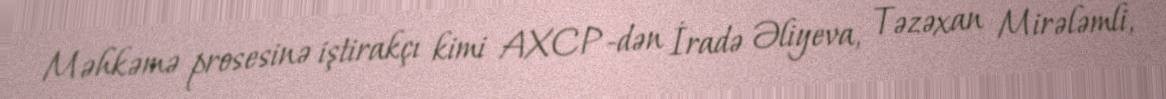
Məhkəmə prosesinə iştirakçı kimi AXCP-dən İradə Əliyeva, Təzəxan Mirələmli,